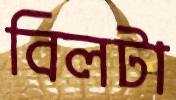
বিলটা